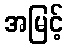
အမြင့်